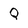
Character: Q